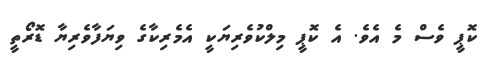
ކޮޕީ ވެސް މެ އެވެ. އެ ކޮޕީ މިލްކުވެރިޔަކީ އެމެރިކާގެ ވިޔަފާވެރިޔާ ޑޮރޯތީ